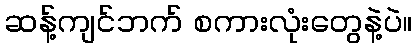
ဆန့်ကျင်ဘက် စကားလုံးတွေနဲ့ပဲ။